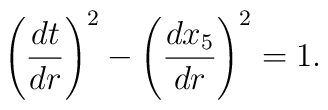
\left(\frac{dt}{dr}\right)^2 -\left(\frac{dx_5}{dr}\right)^2=1.